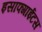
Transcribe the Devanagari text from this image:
इसाफ्गाईटस